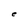
Character: e